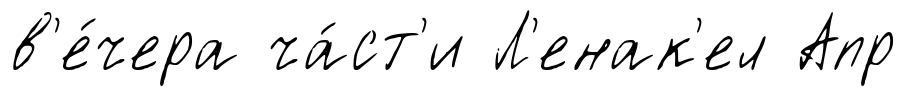
в'е́чера ча́ст'и Л'енак'ел Апр